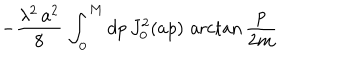
LaTeX: - \frac { \lambda ^ { 2 } \, a ^ { 2 } } { 8 } \, \int _ { 0 } ^ { M } d p \, J _ { 0 } ^ { 2 } ( a p ) \, \operatorname { a r c t a n } \frac { p } { 2 m }